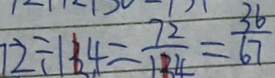
1 2 \div 1 3 4 = \frac { 7 2 } { 1 3 4 } = \frac { 3 6 } { 6 7 }